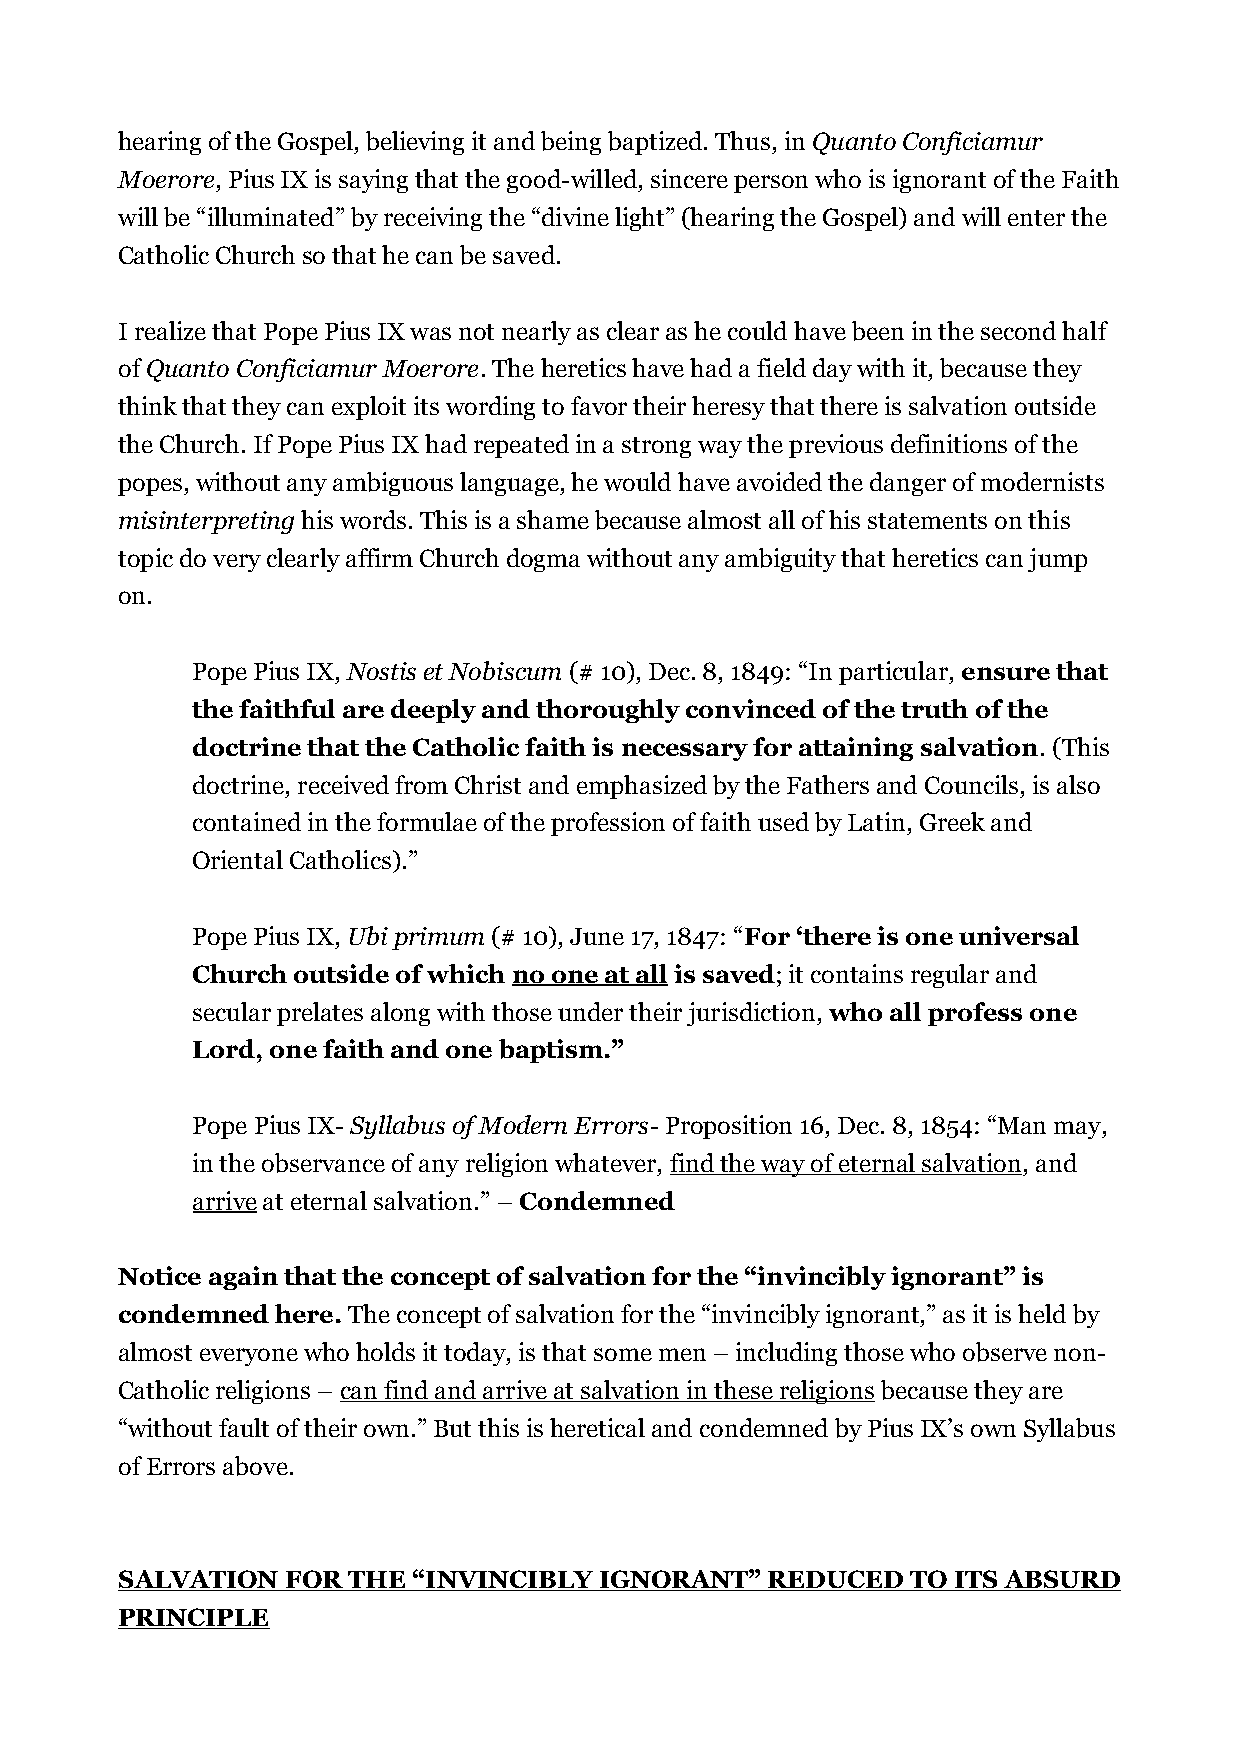
hearing of the Gospel, believing it and being baptized. Thus, in Quanto Conficiamur
 Moerore, Pius IX is saying that the good-willed, sincere person who is ignorant of the Faith
 will be “illuminated” by receiving the “divine light” (hearing the Gospel) and will enter the
 Catholic Church so that he can be saved.
 I realize that Pope Pius IX was not nearly as clear as he could have been in the second half
 of Quanto Conficiamur Moerore. The heretics have had a field day with it, because they
 think that they can exploit its wording to favor their heresy that there is salvation outside
 the Church. If Pope Pius IX had repeated in a strong way the previous definitions of the
 popes, without any ambiguous language, he would have avoided the danger of modernists
 misinterpreting his words. This is a shame because almost all of his statements on this
 topic do very clearly affirm Church dogma without any ambiguity that heretics can jump
 on.
 Pope Pius IX, Nostis et Nobiscum (# 10), Dec. 8, 1849: “In particular, ensure that
 the faithful are deeply and thoroughly convinced of the truth of the
 doctrine that the Catholic faith is necessary for attaining salvation. (This
 doctrine, received from Christ and emphasized by the Fathers and Councils, is also
 contained in the formulae of the profession of faith used by Latin, Greek and
 Oriental Catholics).”
 Pope Pius IX, Ubi primum (# 10), June 17, 1847: “For ‘there is one universal
 Church outside of which no one at all is saved; it contains regular and
 secular prelates along with those under their jurisdiction, who all profess one
 Lord, one faith and one baptism.”
 Pope Pius IX- Syllabus of Modern Errors- Proposition 16, Dec. 8, 1854: “Man may,
 in the observance of any religion whatever, find the way of eternal salvation, and
 arrive at eternal salvation.” – Condemned
 Notice again that the concept of salvation for the “invincibly ignorant” is
 condemned here. The concept of salvation for the “invincibly ignorant,” as it is held by
 almost everyone who holds it today, is that some men – including those who observe non-
 Catholic religions – can find and arrive at salvation in these religions because they are
 “without fault of their own.” But this is heretical and condemned by Pius IX’s own Syllabus
 of Errors above.
 SALVATION  FOR THE “INVINCIBLY  IGNORANT”  REDUCED  TO ITS ABSURD
 PRINCIPLE